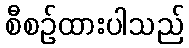
စီစဉ်ထားပါသည်